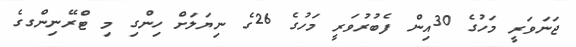
ޖަނަވަރީ މަހުގެ 30އިން ފެބުރުވަރީ މަހުގެ 26ގެ ނިޔަލަށް ހިންގި މި ޓްރޭނިންގގެ